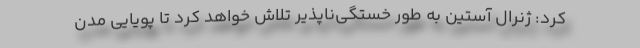
کرد: ژنرال آستین به طور خستگی‌ناپذیر تلاش خواهد کرد تا پویایی مدن